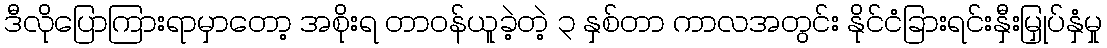
ဒီလိုပြောကြားရာမှာတော့ အစိုးရ တာဝန်ယူခဲ့တဲ့ ၃ နှစ်တာ ကာလအတွင်း နိုင်ငံခြားရင်းနှီးမြှုပ်နှံမှု